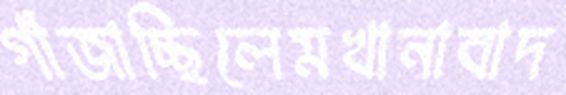
গাঁজাচ্ছিলেমখানাবাদ